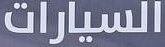
السیارات